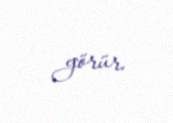
görür.